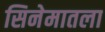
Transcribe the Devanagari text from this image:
सिनेमातला